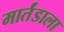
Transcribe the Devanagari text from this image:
मार्तंडाला